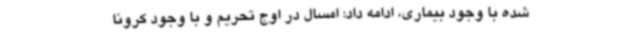
شده با وجود بیماری، ادامه داد: امسال در اوج تحریم و با وجود کرونا